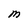
Character: M